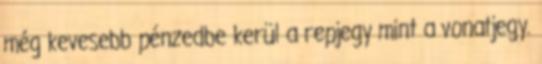
még kevesebb pénzedbe kerül a repjegy mint a vonatjegy.